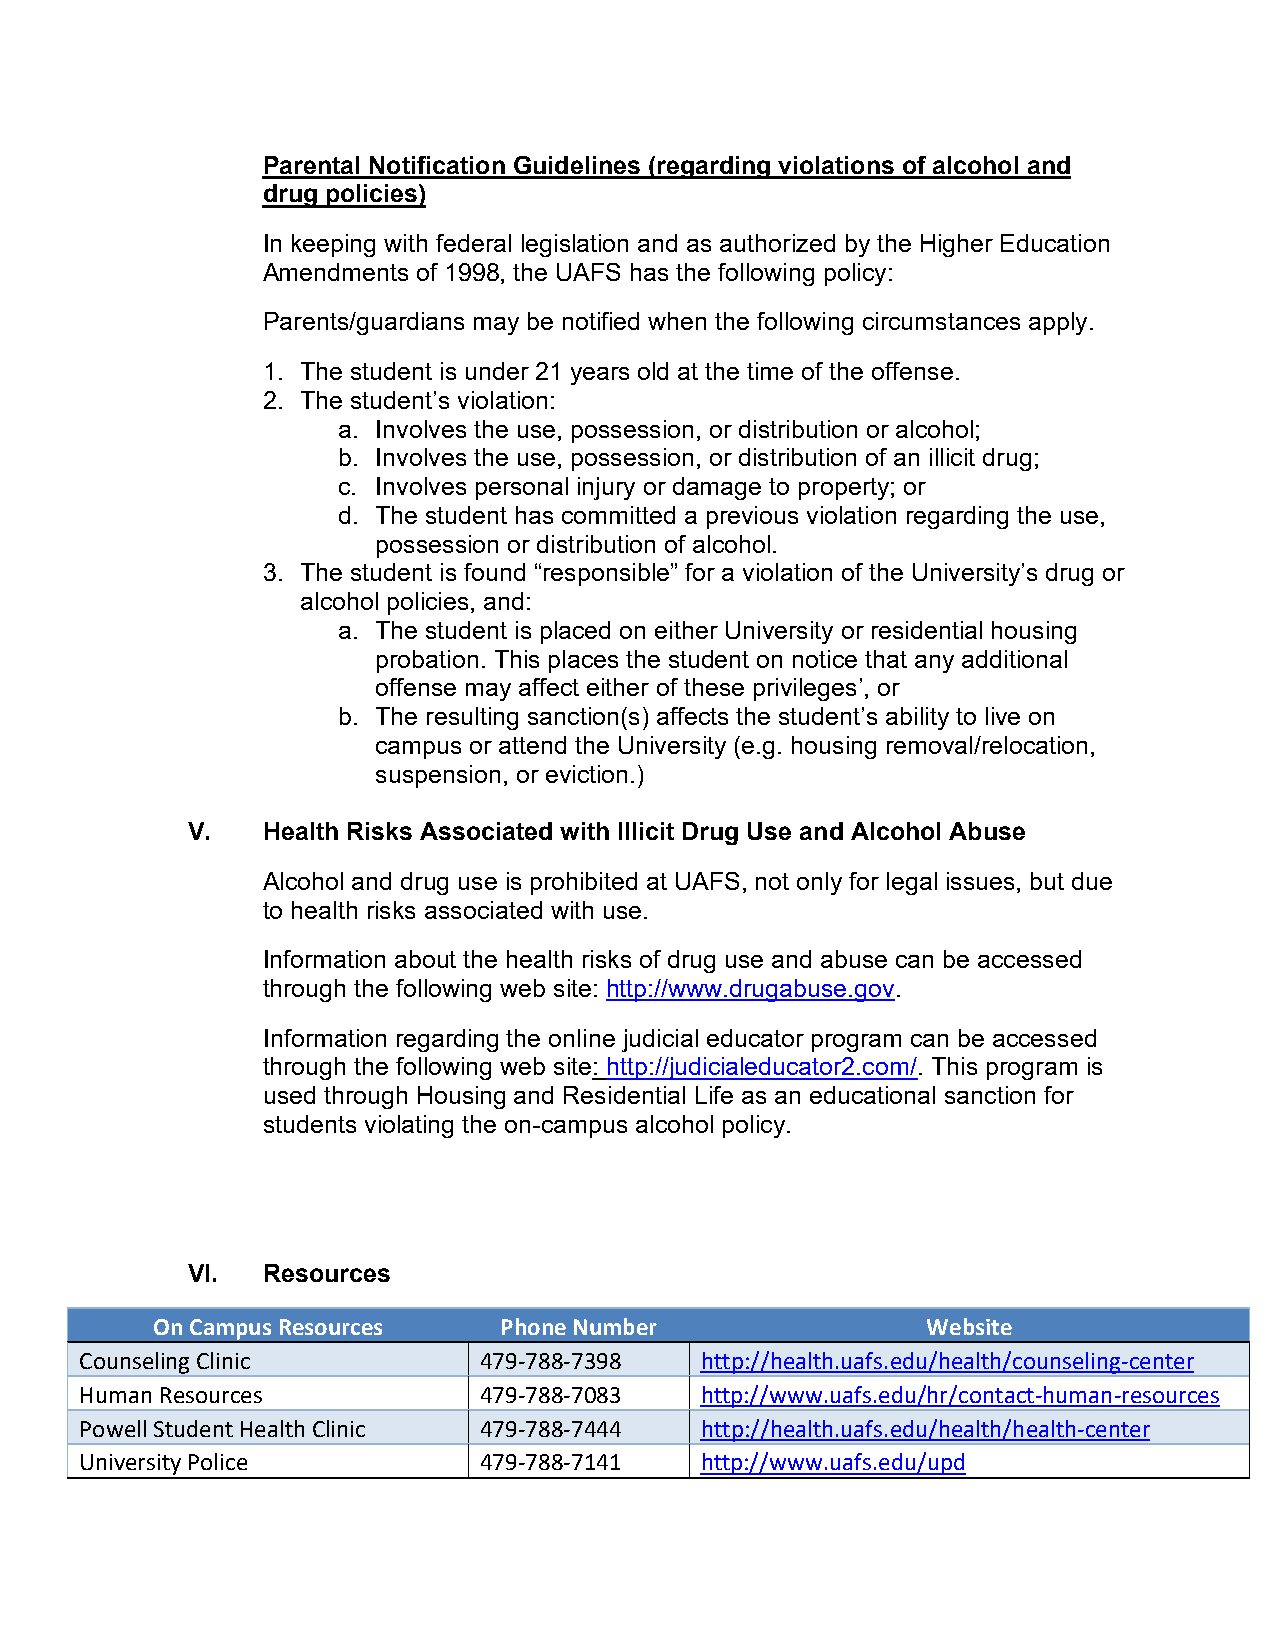
Parental Notification Guidelines (regarding violations of alcohol and
 drug policies)
 In keeping with federal legislation and as authorized by the Higher Education
 Amendments of 1998, the UAFS has the following policy:
 Parents/guardians may be notified when the following circumstances apply.
 1. The student is under 21 years old at the time of the offense.
 2. The student’s violation:
 a. Involves the use, possession, or distribution or alcohol;
 b. Involves the use, possession, or distribution of an illicit drug;
 c. Involves personal injury or damage to property; or
 d. The student has committed a previous violation regarding the use,
 possession or distribution of alcohol.
 3. The student is found “responsible” for a violation of the University’s drug or
 alcohol policies, and:
 a. The student is placed on either University or residential housing
 probation. This places the student on notice that any additional
 offense may affect either of these privileges’, or
 b. The resulting sanction(s) affects the student’s ability to live on
 campus or attend the University (e.g. housing removal/relocation,
 suspension, or eviction.)
 V.   Health Risks Associated with Illicit Drug Use and Alcohol Abuse
 Alcohol and drug use is prohibited at UAFS, not only for legal issues, but due
 to health risks associated with use.
 Information about the health risks of drug use and abuse can be accessed
 through the following web site: http://www.drugabuse.gov.
 Information regarding the online judicial educator program can be accessed
 through the following web site: http://judicialeducator2.com/. This program is
 used through Housing and Residential Life as an educational sanction for
 students violating the on-campus alcohol policy.
 VI.  Resources
 On Campus Resources    Phone Number                Website
 Counseling Clinic          479-788-7398  http://health.uafs.edu/health/counseling-center
 Human Resources            479-788-7083  http://www.uafs.edu/hr/contact-human-resources
 Powell Student Health Clinic 479-788-7444 http://health.uafs.edu/health/health-center
 University Police          479-788-7141  http://www.uafs.edu/upd